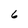
Character: 6